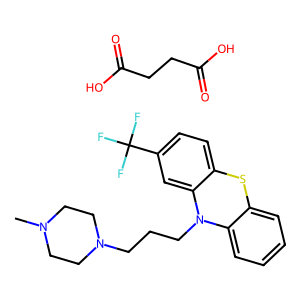
SMILES: CN1CCN(CCCN2c3ccccc3Sc3ccc(C(F)(F)F)cc32)CC1.O=C(O)CCC(=O)O
Inhibits HIV replication: No